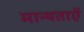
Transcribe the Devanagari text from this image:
मान्यताऐं